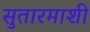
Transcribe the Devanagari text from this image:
सुतारमाशी